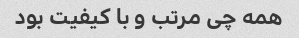
همه چی مرتب و با کیفیت بود